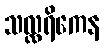
သလ္လရိကေန